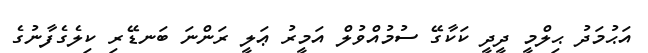
އަޙުމަދު ޙިލްމީ ދީދީ ކަކާގޭ ސުމުއްވުލް އަމީރު ޢަލީ ރަންނަ ބަނޑޭރި ކިލެގެފާނުގެ